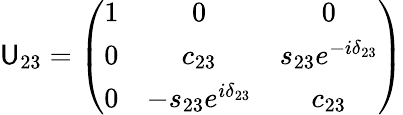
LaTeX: \mathsf{U}_{23}=\left(\begin{array}{ccc}{{1}}&{{0}}&{{0}}\\ {{0}}&{{c_{23}}}&{{s_{23}e^{-i\delta_{23}}}}\\ {{0}}&{{-s_{23}e^{i\delta_{23}}}}&{{c_{23}}}\end{array}\right)